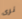
نرى